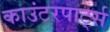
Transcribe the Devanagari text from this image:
काउंटरपार्ट्स